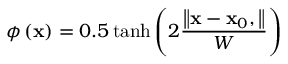
\phi \left( { \bf { x } } \right) = 0 . 5 \operatorname { t a n h } \left( { 2 \frac { { \left\| { { \bf { x } } - { { \bf { x } } _ { 0 } } } , \right\| } } { W } } \right)